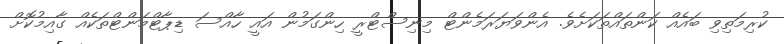
ކުރިމަތިވި ބައެއް ކަންތައްތަކަށެވެ. އެންވަޔަރަމެންޓް މިނިސްޓްރީ ހިންގަމުން އައީ ހާއްސަ ޑިޕާޓްމަންޓްތަކެއް ގާއިމުކޮށް